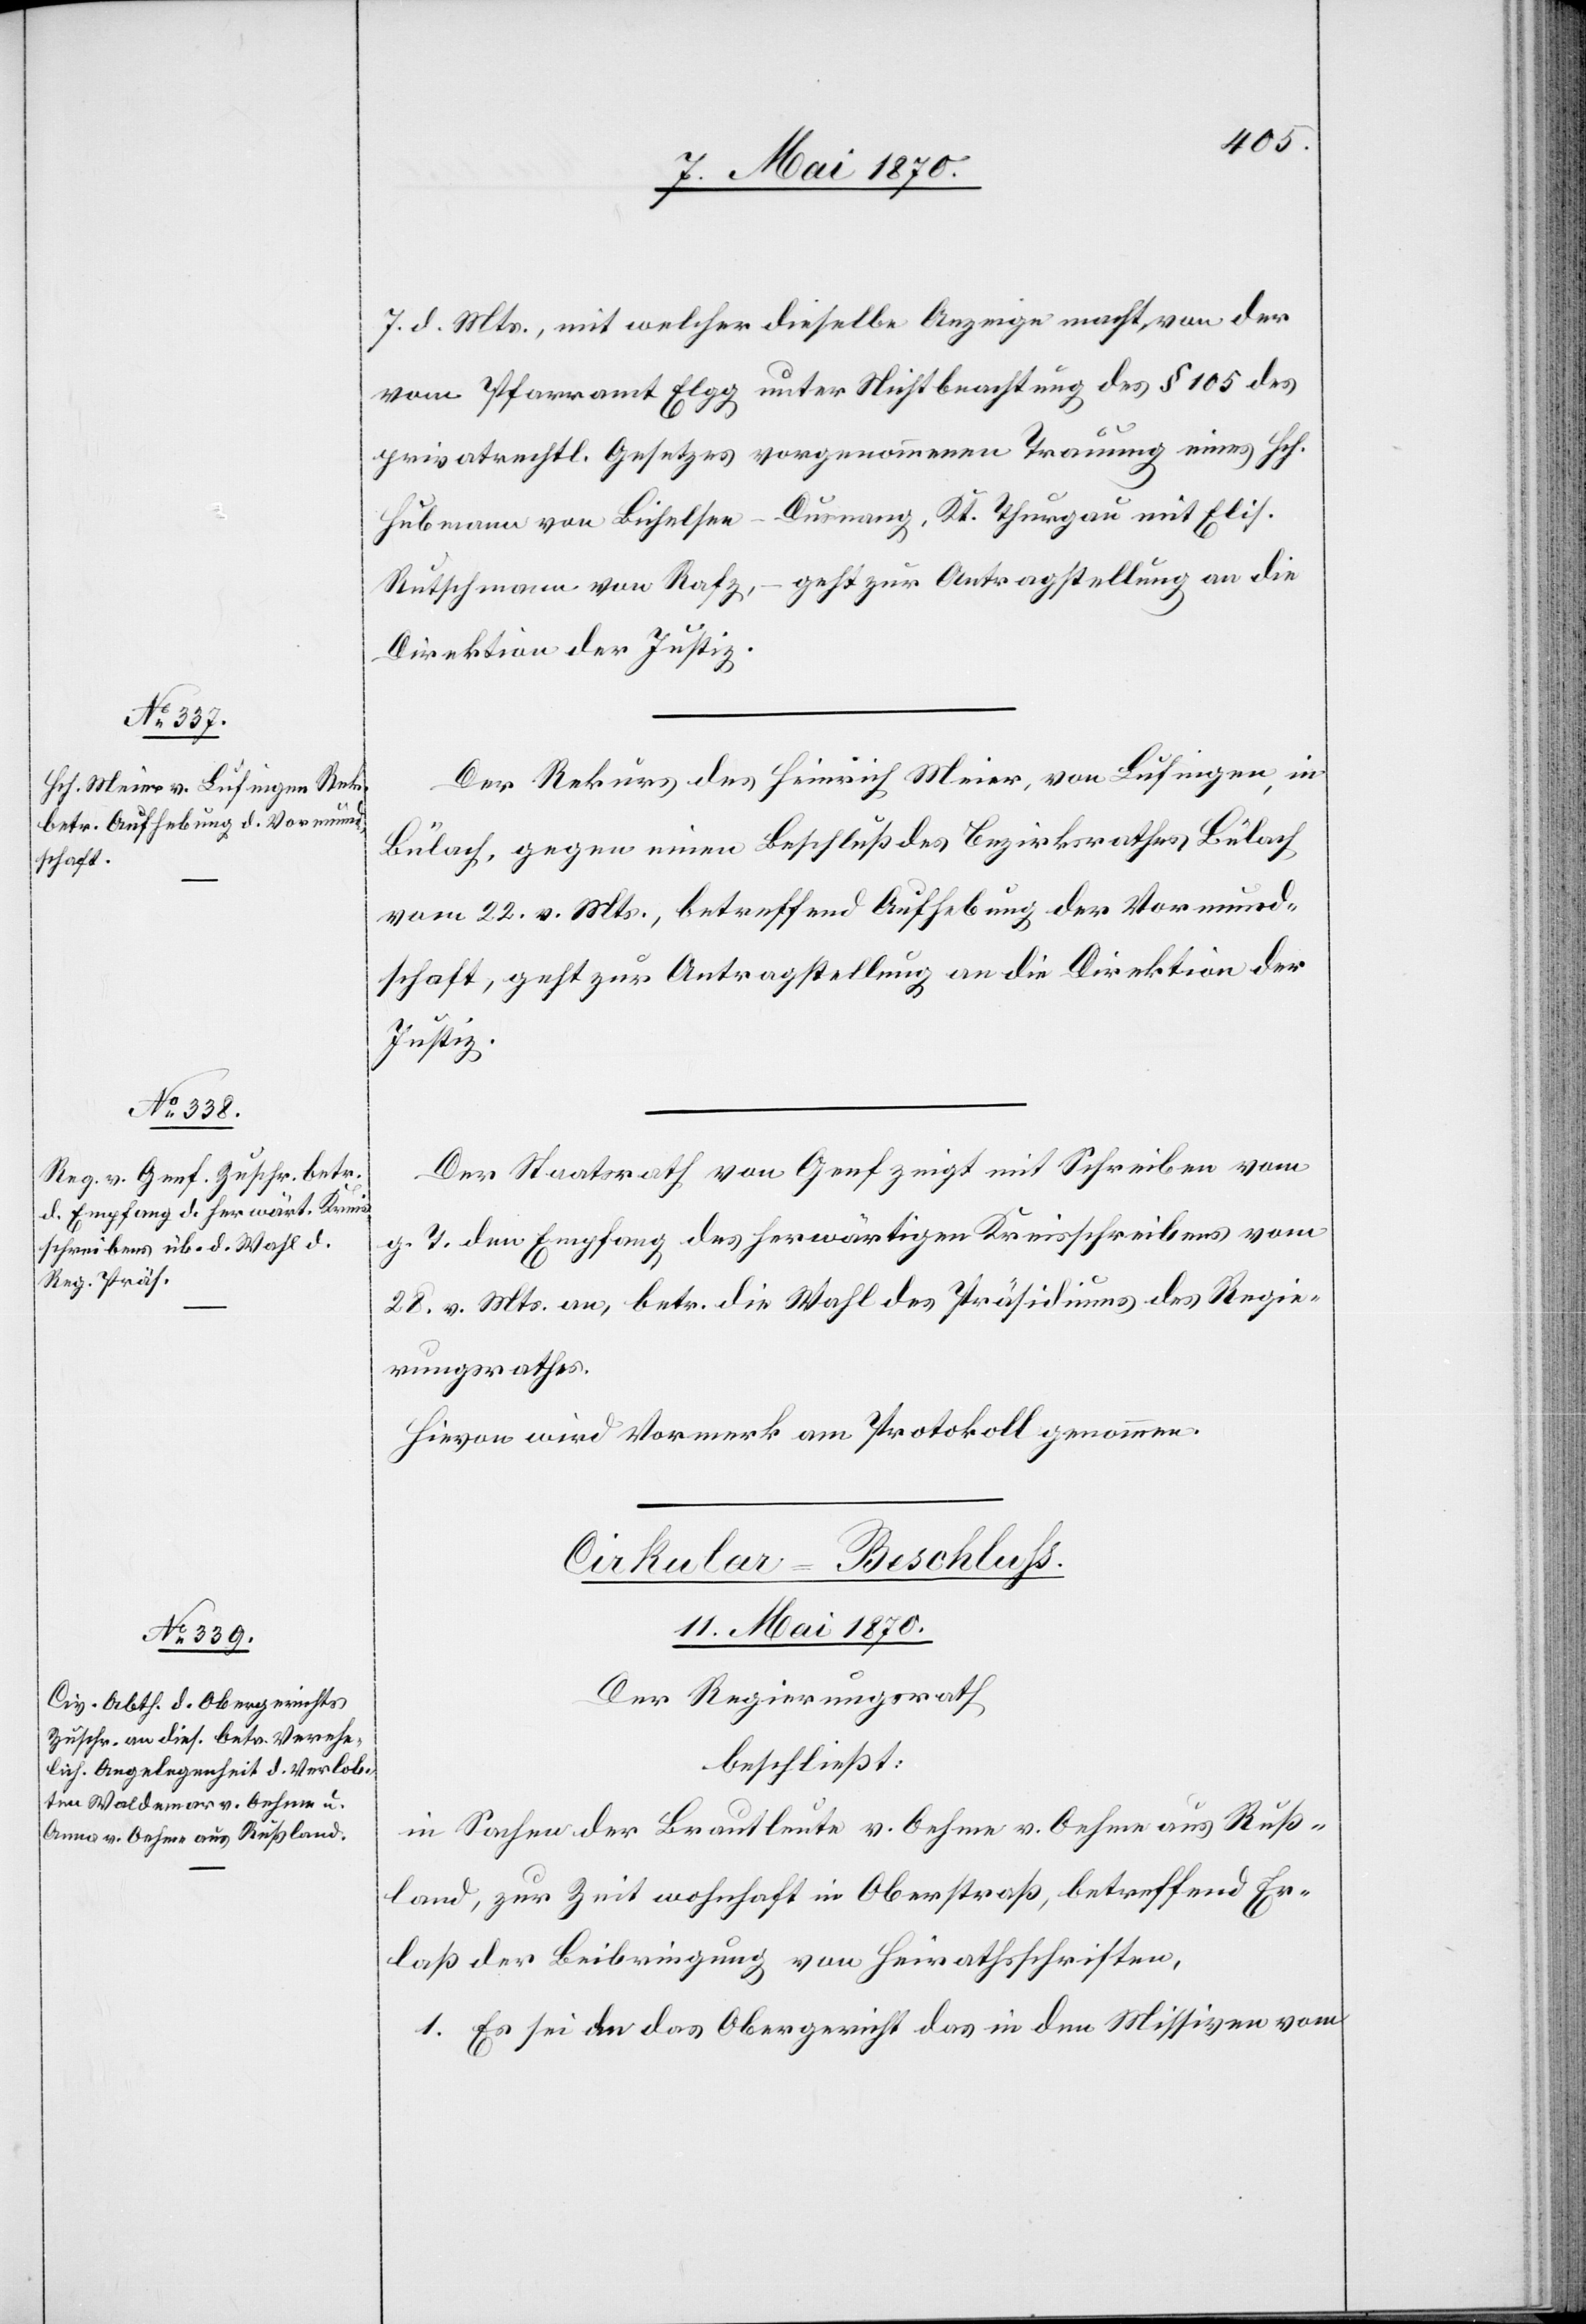
7. d. Mts., mit welcher dieselbe Anzeige macht, von der
vom Pfarramt Elgg unter Nichtbeachtung des § 105 des
privatrechtl. Gesetzes vorgenommenen Trauung eines Hch.
Hubmann von Bichelsee - Dusnang, Kt. Thurgau mit Elis.
Rutschmann von Rafz, – geht zur Antragstellung an die
Direktion der Justiz.
Der Rekurs des Heinrich Meier, von Lufingen, in
Bülach, gegen einen Beschluß des Bezirksrathes Bülach
vom 22. v. Mts., betreffend Aufhebung der Vormund¬
schaft, geht zur Antragstellung an die Direktion der
Justiz.
Der Staatsrath von Genf zeigt mit Schreiben vom
g. T. den Empfang des herwärtigen Kreisschreibens vom
28. v. Mts. an, betr. die Wahl des Präsidiums des Regie¬
rungsrathes.
Hievon wird Vormerk am Protokoll genommen.
Cirkular-Beschluß.
11. Mai 1870.
Der Regierungsrath
beschließt:
in Sachen der Brautleute v. Oehme[-]v. Oehme aus Ruß¬
land, zur Zeit wohnhaft in Oberstraß, betreffend Er¬
laß der Beibringung von Heirathschriften,
1. Es sei das Obergericht das in den Missiven vom